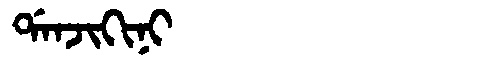
Manchu: ᡩᠠᠨᠵᡳᡴᡳᠨᡳ
Romanization: DANJIKINI